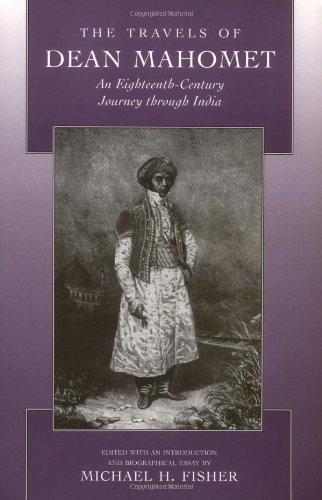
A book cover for The Travels of Dean Mahomet: An Eighteenth-Century Journey through India; Dean Mahomet; Travel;